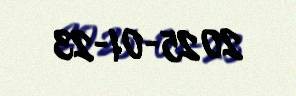
2025-01-23